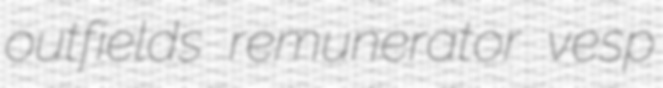
outfields remunerator vesp